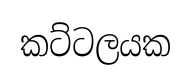
කට්ටලයක